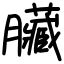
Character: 臟